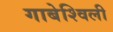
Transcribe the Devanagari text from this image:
गाबेश्विली